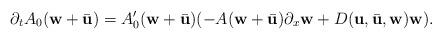
LaTeX: \begin{align*}\partial_{t}A_{0} (\textbf{w}+\bar{\textbf{u}}) = A'_{0} (\textbf{w}+\bar{\textbf{u}})(- A (\textbf{w}+\bar{\textbf{u}}) \partial_{x}{\textbf{w}} + D(\textbf{u}, \bar{\textbf{u}}, \textbf{w}){\textbf{w}}). \end{align*}